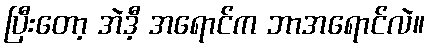
ပြီးတော့ အဲဒီ့ အရောင်က ဘာအရောင်လဲ။